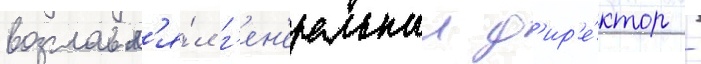
возглавл'я́л г'ен'еральныи д'ир'е́ктор -